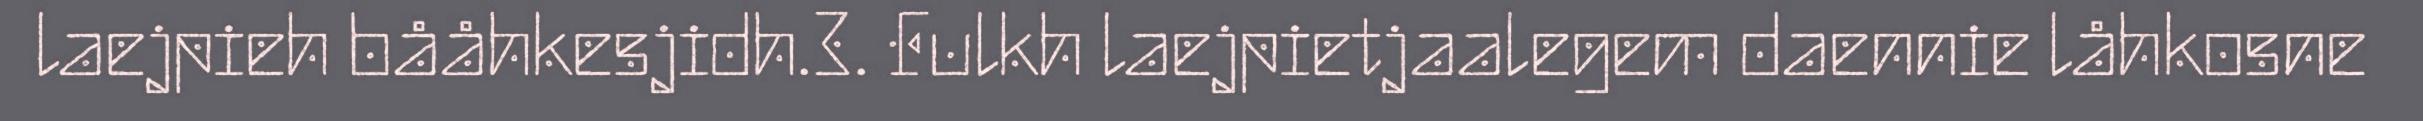
laejpieh bååhkesjidh.3. Fulkh laejpietjaalegem daennie låhkosne